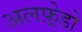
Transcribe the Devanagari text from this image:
अलफ़्रेडो